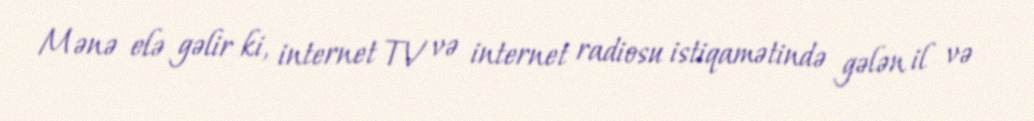
Mənə elə gəlir ki, internet TV və internet radiosu istiqamətində gələn il və